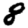
Digit: 8